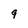
Character: 9